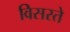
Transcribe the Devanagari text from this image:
विसरते